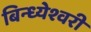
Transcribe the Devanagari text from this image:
बिन्ध्येश्वरी